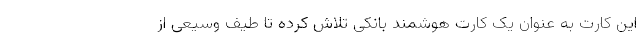
این کارت‌ به عنوان یک کارت هوشمند بانکی تلاش کرده تا طیف وسیعی از